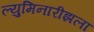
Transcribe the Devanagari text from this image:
ल्युमिनारीझला